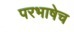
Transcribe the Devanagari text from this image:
परभाषेच